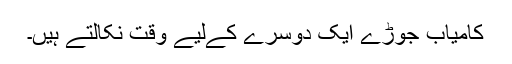
کامیاب جوڑے ایک دوسرے کےلیے وقت نکالتے ہیں۔